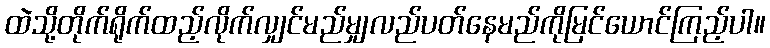
ထဲသို့တိုက်ရိုက်ထည့်လိုက်လျှင်မည်မျှလည်ပတ်နေမည်ကိုမြင်ယောင်ကြည့်ပါ။